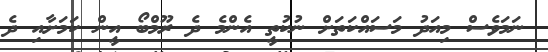
ނަމަވެސް މިއަދު މަސައްކަތަށް ނުކުތީ އެންމެ ދެ ރޫމްބޯ އީން ކަމަށާއި ދެ